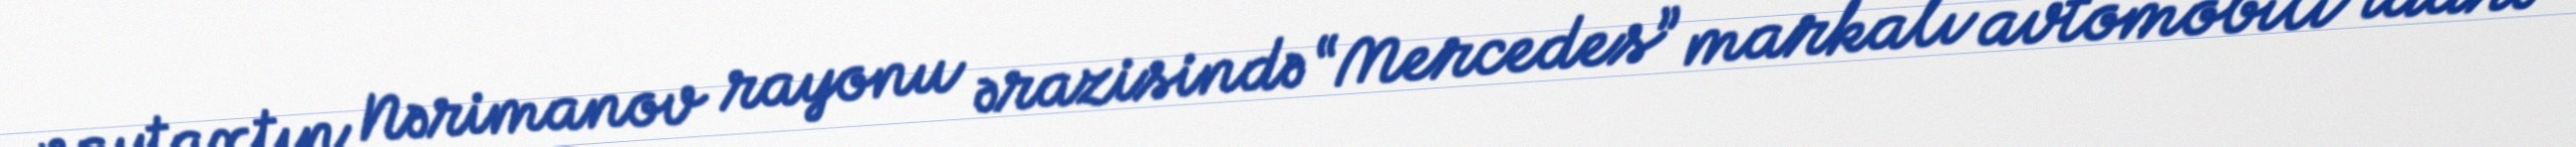
paytaxtın Nərimanov rayonu ərazisində “Mercedes” markalı avtomobili idarə